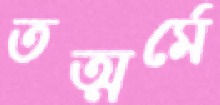
তত্মর্মে